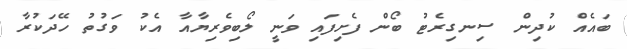
ބައެއް ކުދިން ސިނގިރެޓު ބޯން ފެށިފައި ވަނީ ލޯބިވެރިޔާއާ އެކު ވަގުތު ހޭދަކުރާ